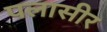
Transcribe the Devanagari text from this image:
पलासीर